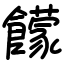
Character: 饛